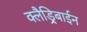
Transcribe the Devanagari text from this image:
क्लैड्रिबाईन